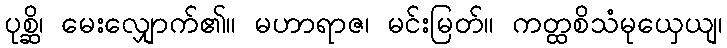
ပုစ္ဆိ၊ မေးလျှောက်၏။ မဟာရာဇ၊ မင်းမြတ်။ ကတ္ထစိသံမုယှေယျ၊